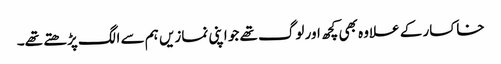
خاکسار کے علاوہ بھی کچھ اور لوگ تھے جو اپنی نمازیں ہم سے الگ پڑھتے تھے۔